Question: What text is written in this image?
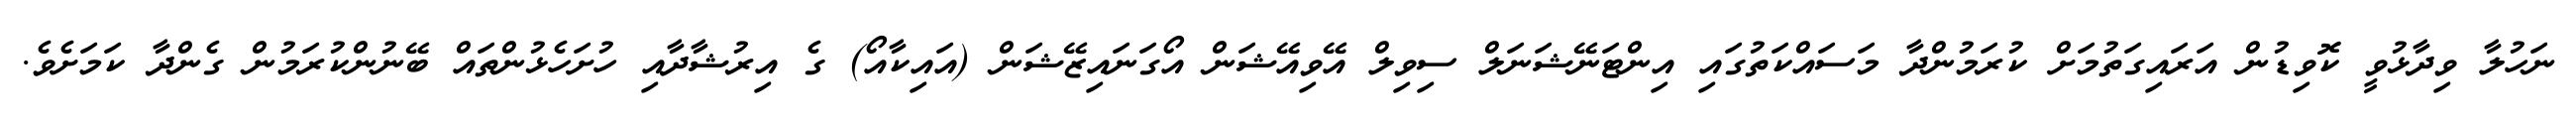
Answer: ނަހުލާ ވިދާޅުވީ ކޮވިޑުން އަރައިގަތުމަށް ކުރަމުންދާ މަސައްކަތުގައި އިންޓަނޭޝަނަލް ސިވިލް އޭވިއޭޝަން އޯގަނައިޒޭޝަން (އައިކާއޯ) ގެ އިރުޝާދާއި ހުށަހެޅުންތައް ބޭނުންކުރަމުން ގެންދާ ކަމަށެވެ.